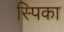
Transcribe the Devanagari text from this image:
स्पिका